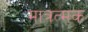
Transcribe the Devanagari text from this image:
मात्रत्मक